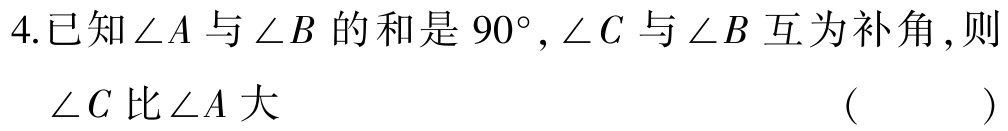
4.已知\(\angle A\)与\(\angle B\)的和是\(90^{\circ},\angle C\)与\(\angle B\)互为补角,则
\(\angle C\)比\(\angle A\)大 （  ）